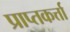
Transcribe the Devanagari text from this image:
प्राप्तकर्त्ता